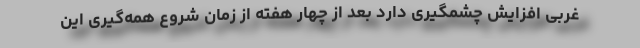
غربی افزایش چشمگیری دارد بعد از چهار هفته از زمان شروع همه‌گیری این